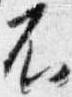
不